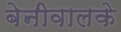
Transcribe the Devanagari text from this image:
बेनीवालके